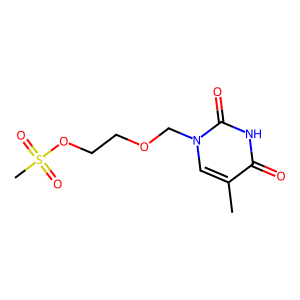
SMILES: Cc1cn(COCCOS(C)(=O)=O)c(=O)[nH]c1=O
Inhibits HIV replication: No